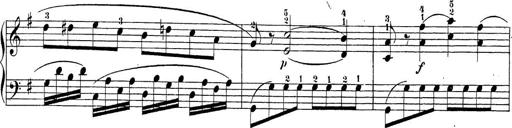
Title: Sonatina Album
Composer: Louis KÃ¶hler